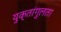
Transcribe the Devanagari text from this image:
युक्तांगुलता